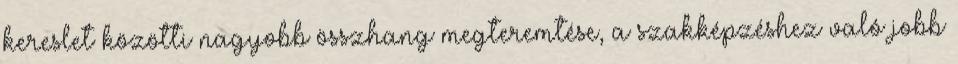
kereslet közötti nagyobb összhang megteremtése, a szakképzéshez való jobb